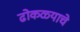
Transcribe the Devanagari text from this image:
ढोकळ्याचे